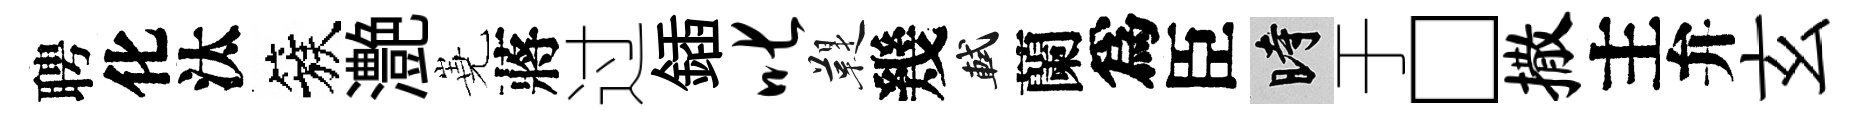
聘化汰簇灔嶤蔣过鍤叱鞮幾軾蘭爲臣时于□撒主弁玄